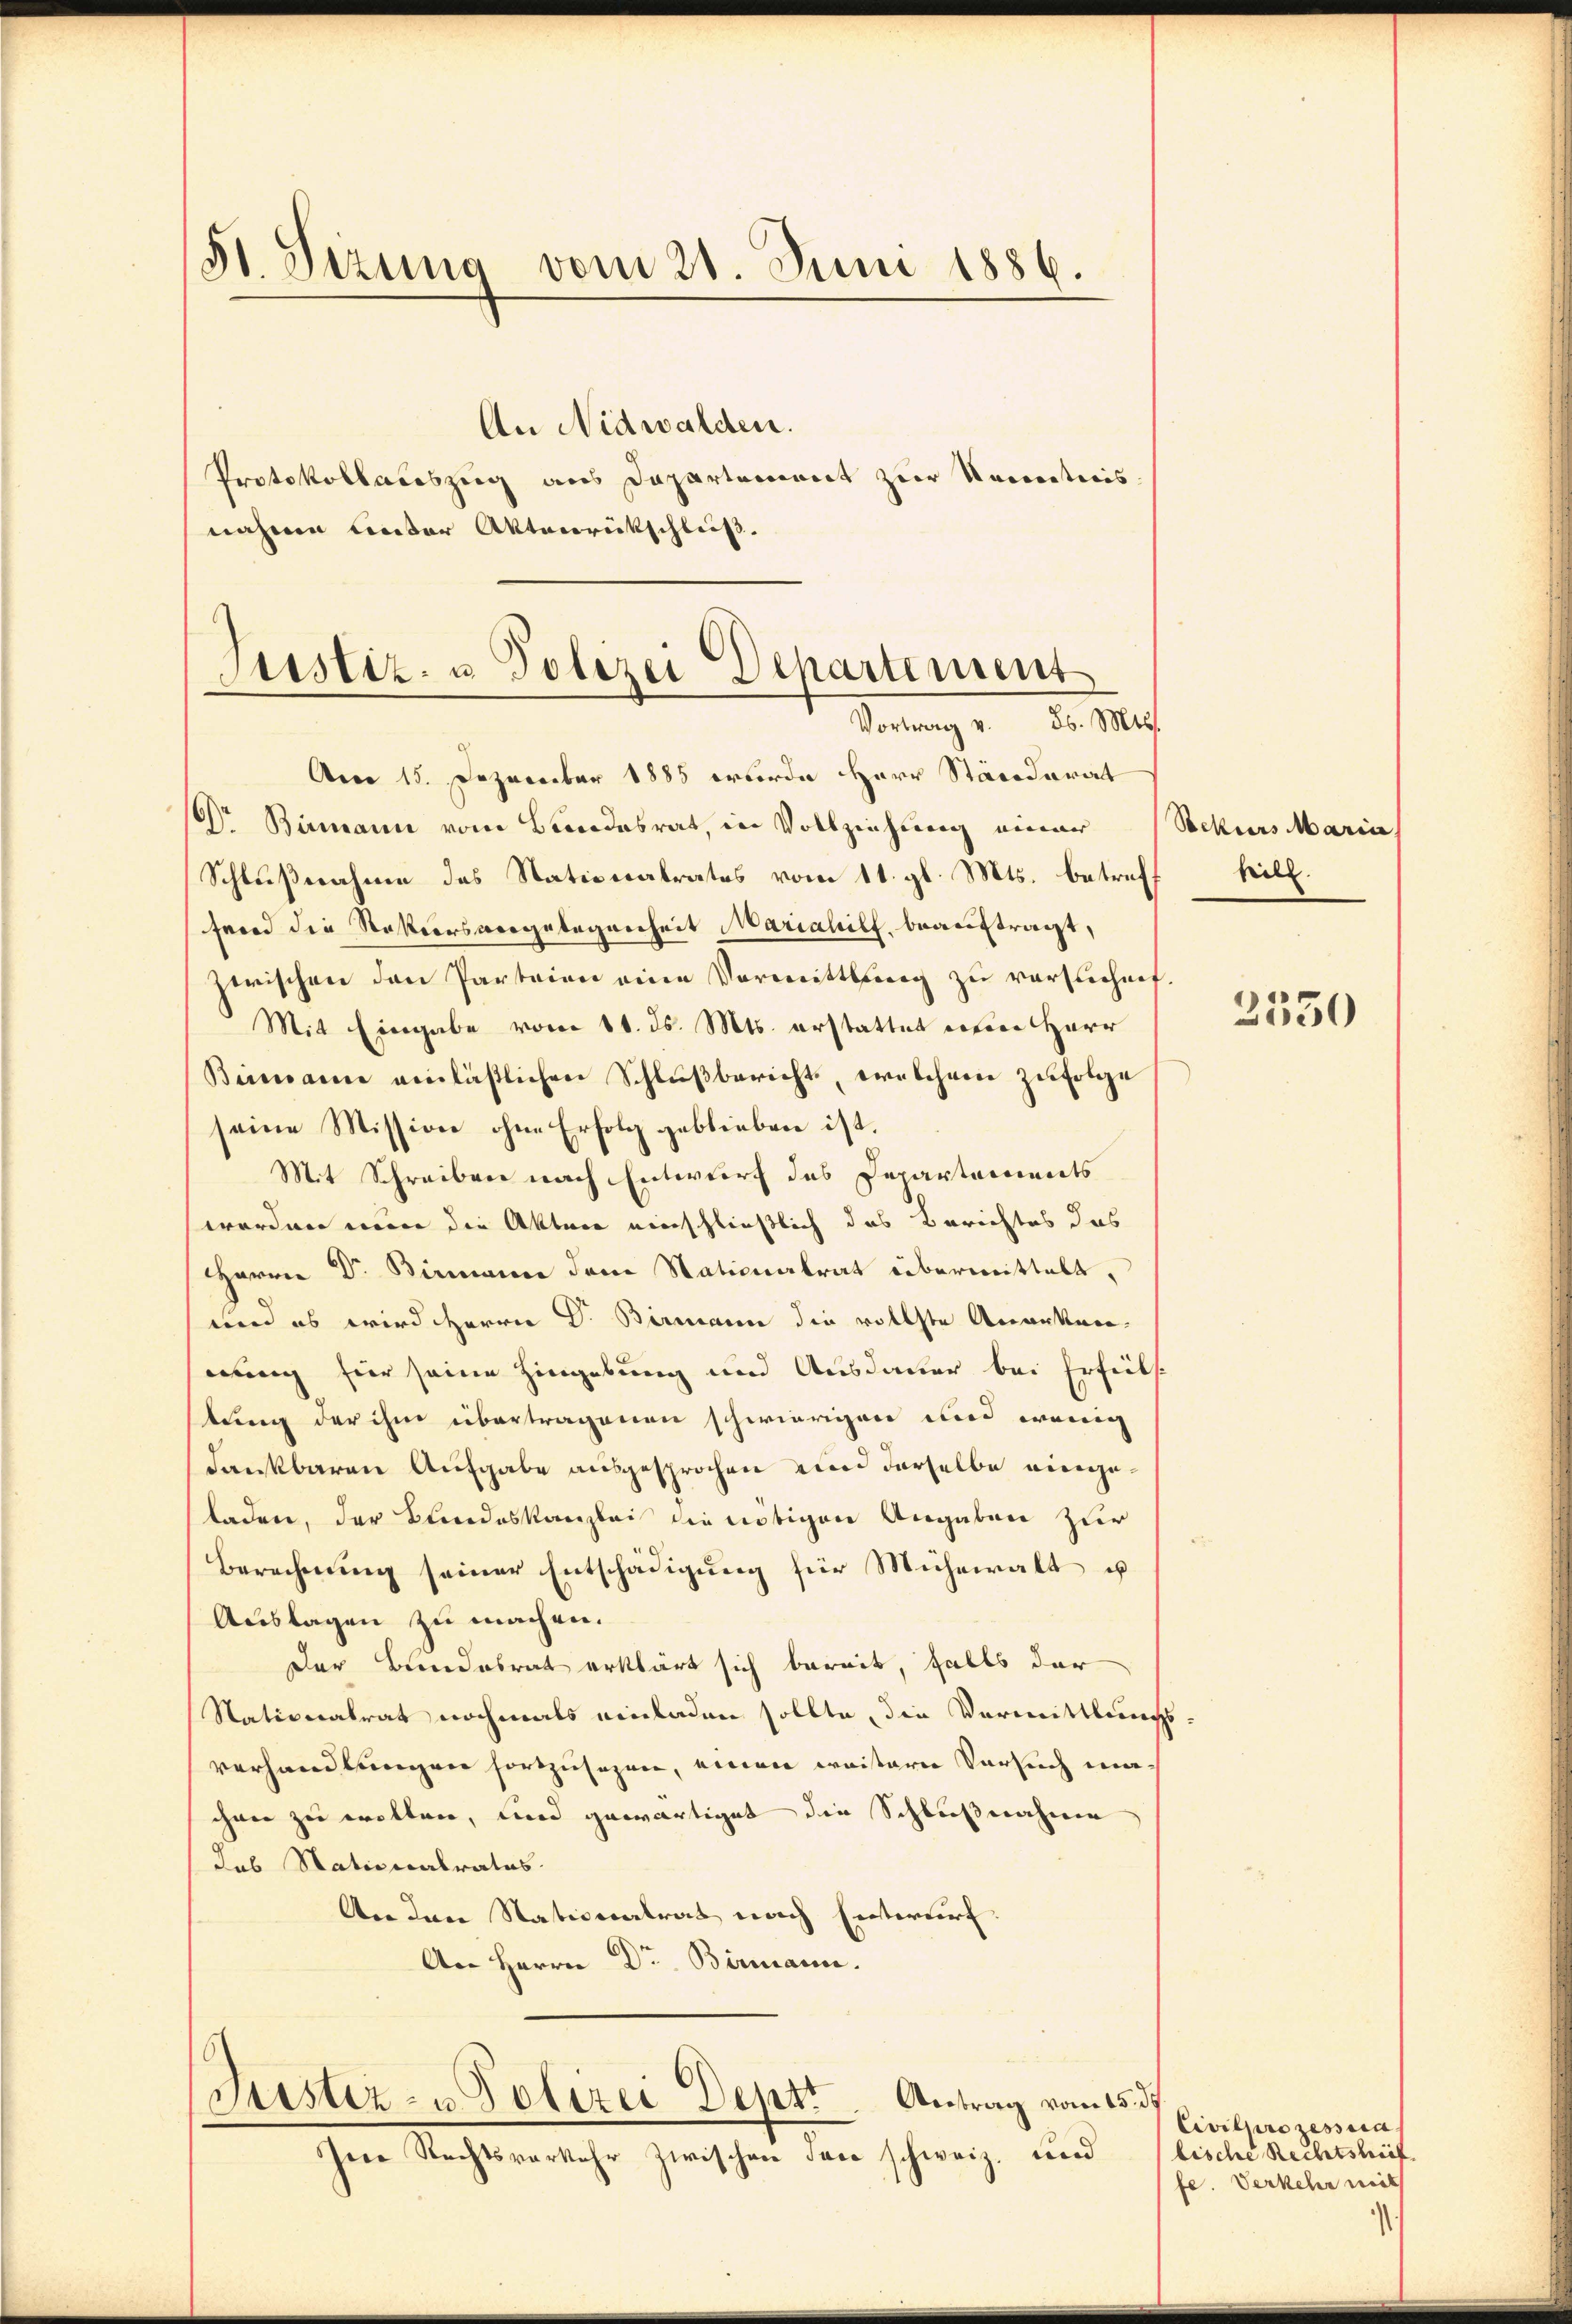
St. Sizung vom 21. Juni 1886.

An Nidwalden.
Protokollauszug aus Departement zur Kenntnis.
nahme Unter Aktenrückschluß.
Am 15. Dezember 1885 wurde Herr Ständerat
Dr. Bamann vom Bundesrat, in Vollziehung einer
Schlußnahme des Stationalrates vom 11. gl. Mts. betreffend die Restiers vergelegenheit Mariahilf, beauftragt,
zwischen den Parteien eine Vormittlung zu versuchen.
Mit Eingabe vom 11. ds. Mts. erstattet weren Herr
Bimann einläβlichen Schlŭβbericht, welchem zŭfolge
seine Mission ohne Erfolg geblieben ist.
Mit Schreiben nach Entwurf des Departements
worden mine die Akten einschließlich das Berichtes das
HHerrn Dr. Birmann dem Nationalrat übermittelt,
und es wird Herrn Dr. Birmann die vollste Anerkenmung für seine Hingebung und Ausdauer bei Erfüll
tung der ihm übertragenen schwierigen und wenig
dankbaren Aufgabe ausgesprochen und derselbe eingeladen, der Bundeskanzlei die nötigen Angaben zur
Berechnung seiner Entschädigung für Mühewalt u
Auslagen zu machen.
Der Beendesrat erklärt sich bereit, falls der
Nationalrat nochmals einladen sollte, die Vormittlung
verhandlungen fortzusehen, einen weistere Versuch machen zu wolten, und gewärtiget die Schlußnahmen
das Stationalrates.
An den Nationalrat nach Entwurf.
An Herrn Dr. Birmann.

Austiz- u. Polizei Departement
Vortrag v. 26. Mts.

Justiz- & Polizei Dept. Antrag vom 1.
Iere Rechtsverkehr zwischen Jaco schweiz. und

Sockers Maria
heilt.

2350

5. d.
Civilprozessias
bische Rechtstief
fe. Verkehr mit